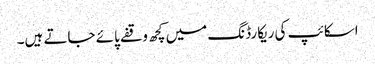
اسکائپ کی ریکارڈنگ میں کچھ وقفے پائے جاتے ہیں۔